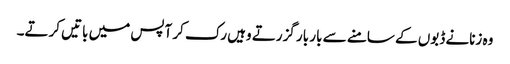
وہ زنانے ڈبوں کے سامنے سے بار بار گزرتے وہیں رک کر آپس میں باتیں کرتے۔